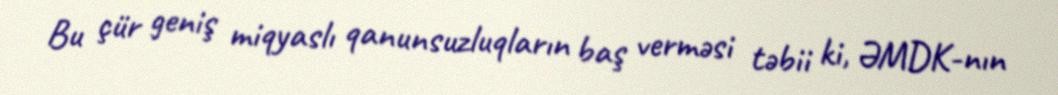
Bu çür geniş miqyaslı qanunsuzluqların baş verməsi təbii ki, ƏMDK-nın